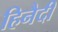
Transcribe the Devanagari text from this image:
हिनैदी